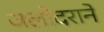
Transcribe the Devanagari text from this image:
जलोदराने